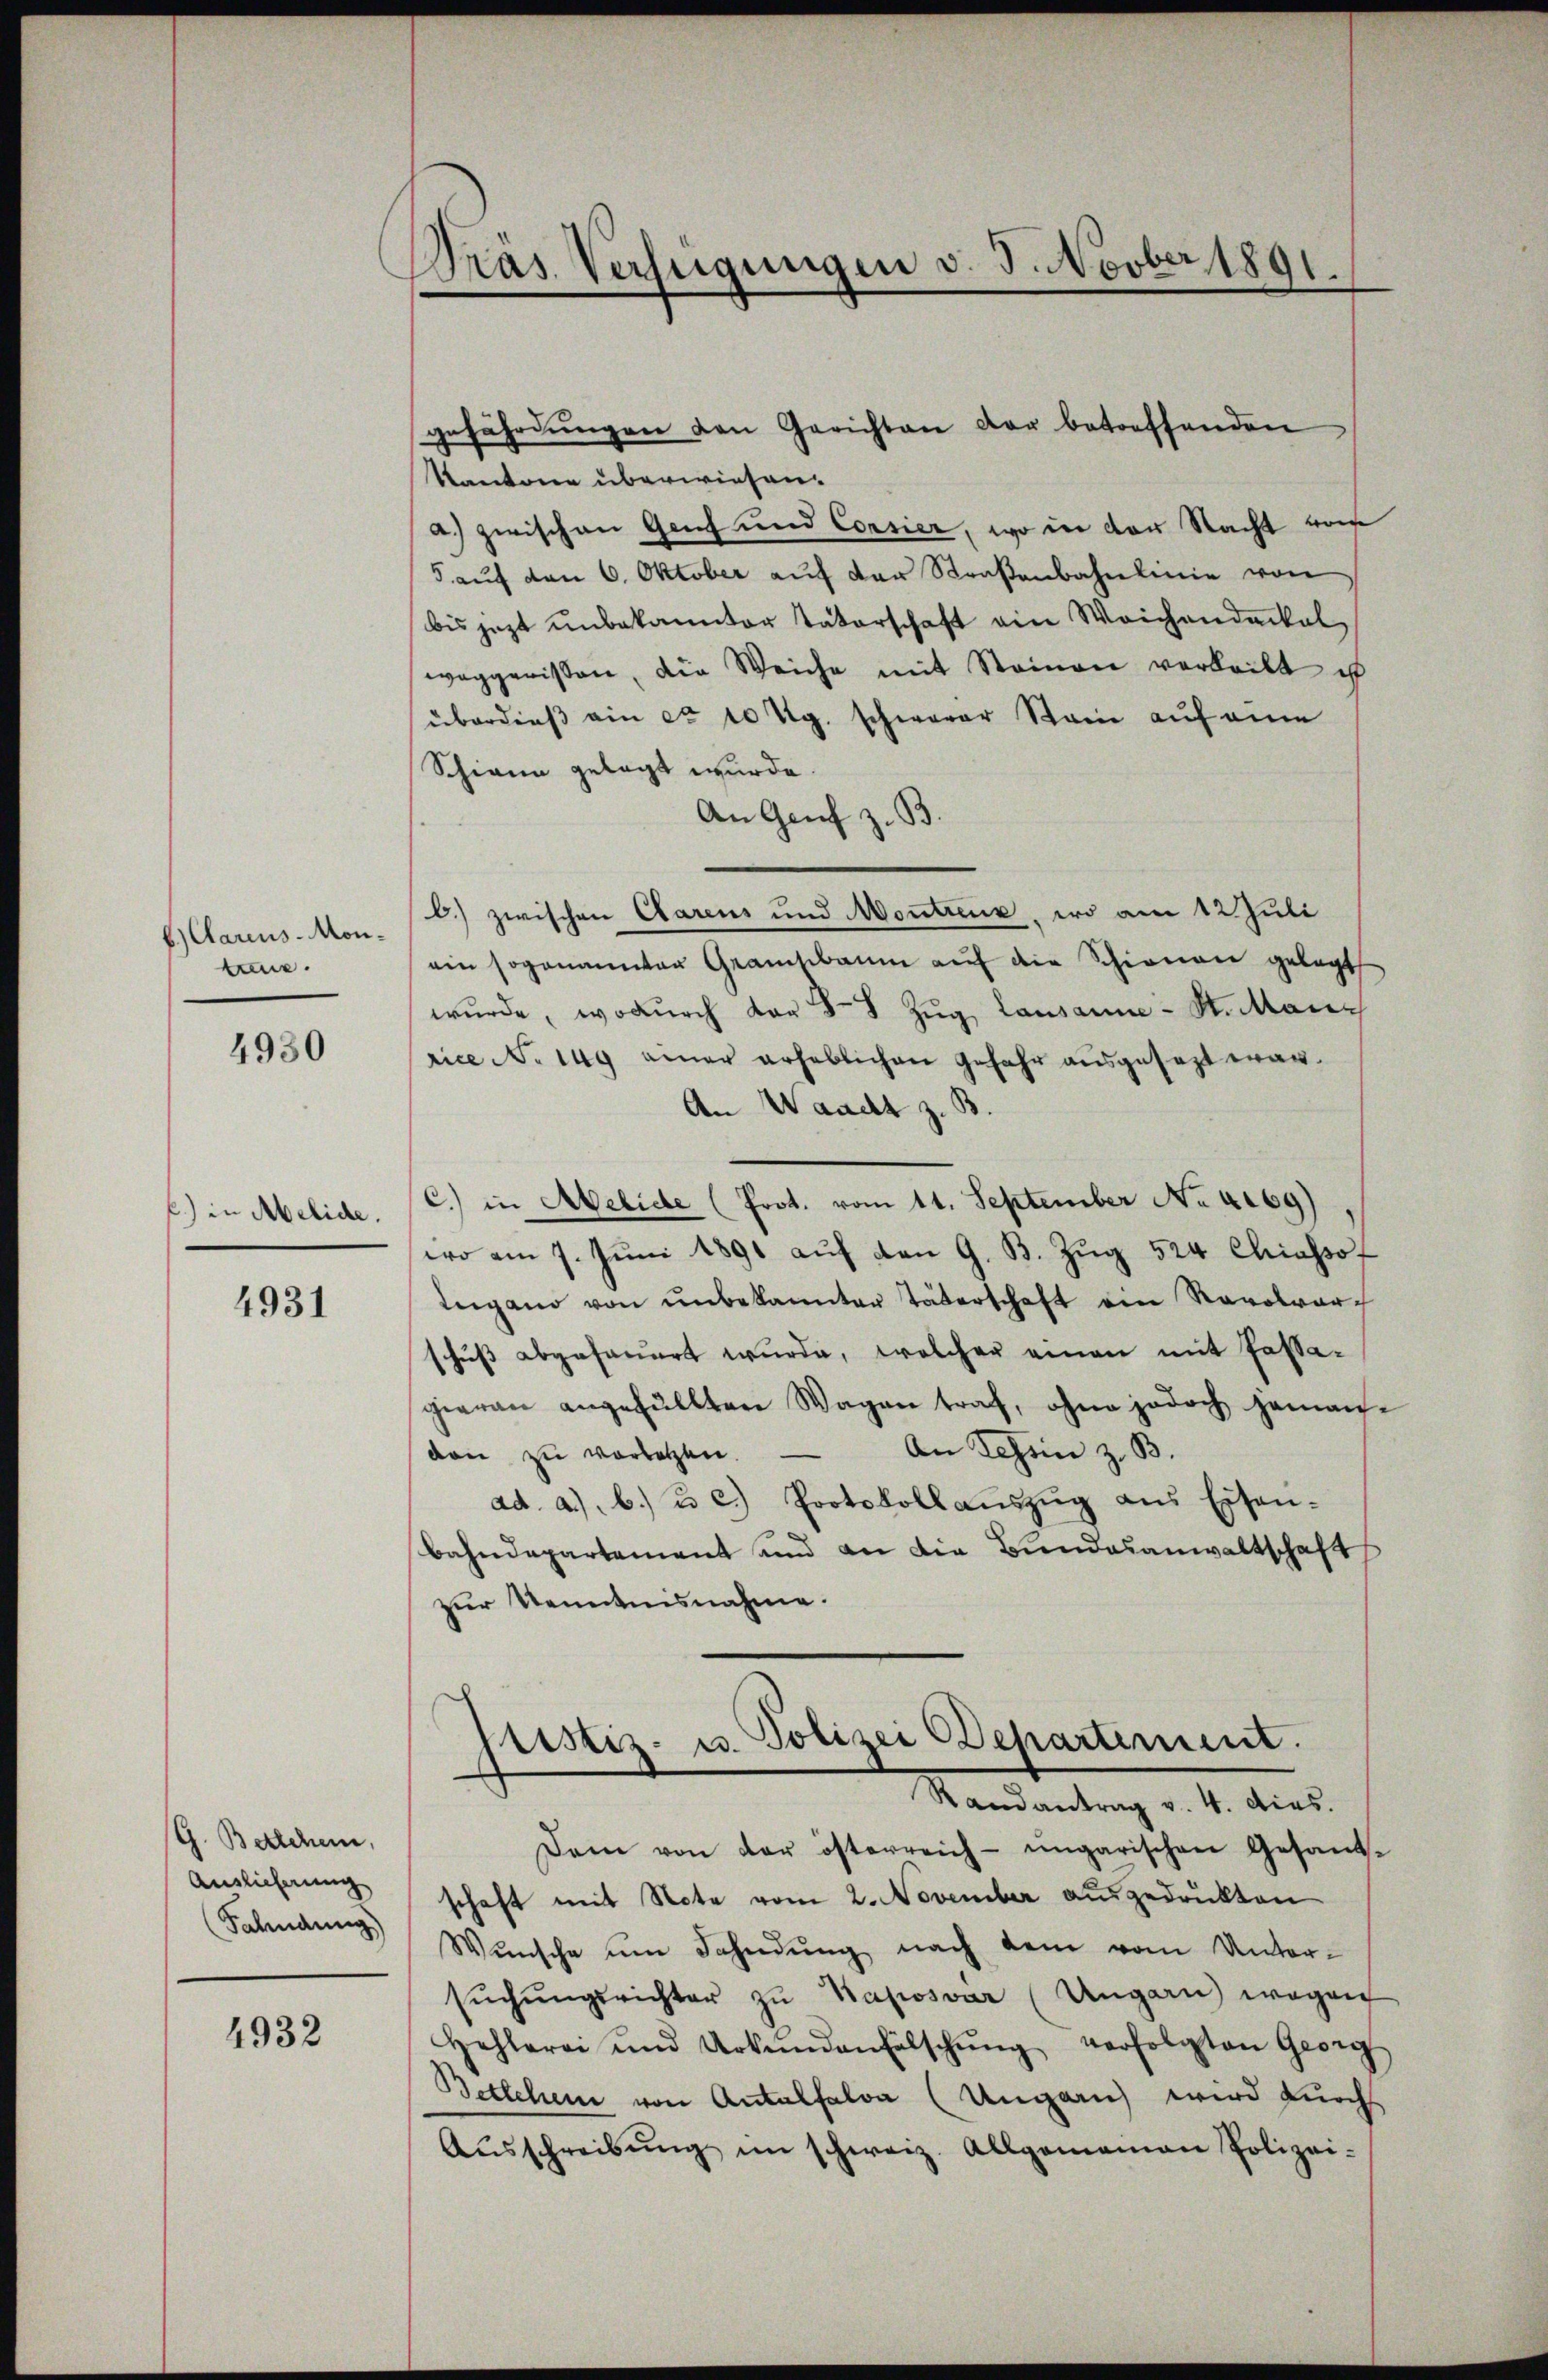
b) Clarius-Mon-
tee.

4930

f.) in Melide.

4931

G. Betschen,
Auslieferung
(Fahndung)

4932

Pras Verfügungen v. J. Novber 1891.

gefährdŭngen den Gerichten der betreffenden
Kantone überwiesen.
a.) zwischen Genf und Corsier, wo in der Nacht vom
5 auf den 6. Oktober auf der Straßenbahnlinie von
bis jezt unbekannter Vaterschaft ein Weichendeckel
weggewissen, die Weiche mit Steinen vertritt ist
überdieβ ein ca 10 Rg. schwerer Stein auf eine
Schiene gelegt wurde.
An Genf z. B.
) zwischen Charens und Montreux, wo am 12 Juli
ein sogenannten Gramsbaum auf die Schienen gelegt
wŭrde, wodŭrch von 88 Zŭg, Lausanne - St. Marich
rice No. 149 einer erheblichen Gefahr ausgesezt war.
An Waadt z. B.
C.) in Aelide (Prot. vom 11. September No. 4169)
wo am 7. Jŭni 1891 aŭf von G. B. Zŭg 524 Chiassof
Lugano von unbekannter Täterschaft ein Revolverschŭβ abgesaŭert wŭrde, welcher einen mit Passa-
hieran angefüllten Wagen traf, ohne jedoch jemandaṅ zŭ verletzten. An Tessin z. B.
ad. a.), b.) u c.) Protokollaŭszŭg ans Eisen-
Bahndepartement und an die Bundesanwaltschaft
zur Kenntnisnahme.

Pristiz- u. Polizei Departement.
Randantrag v. 4. dies

Dem von der österreich-ungarischen Gesandschaft mit Note vom 2. November ausgedruckten
Wünsche ŭm Fahndŭng nach dem vom Unter-
sŭchŭngsrichter zŭ Kaposvár (Ungarn) wegen
Hehlerei und Urkundanfälschŭng verfolgten Georg
Bettchen von Antalsalva (Ungarn wird durch
Aŭsschreibŭng im schweiz. Allgemeinen Polizei-